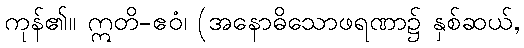
ကုန်၏။ ဣတိ-ဧဝံ၊ (အနောဓိသောဖရဏာ၌ နှစ်ဆယ်,